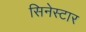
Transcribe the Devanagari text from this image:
सिनेस्टार